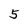
Character: 5